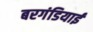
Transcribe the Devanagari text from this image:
बरगंडियाई